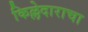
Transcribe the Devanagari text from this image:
किल्लेदाराचा